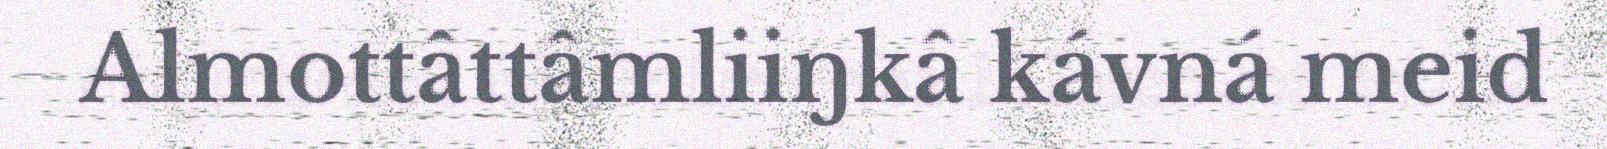
Almottâttâmliiŋkâ kávná meid